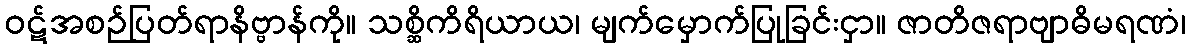
ဝဋ်အစဉ်ပြတ်ရာနိဗ္ဗာန်ကို။ သစ္ဆိကိရိယာယ၊ မျက်မှောက်ပြုခြင်းငှာ။ ဇာတိဇရာဗျာဓိမရဏံ၊